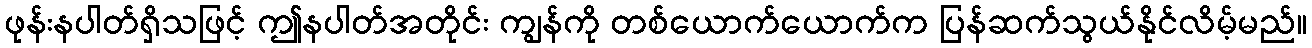
ဖုန်းနပါတ်ရှိသဖြင့် ဤနပါတ်အတိုင်း ကျွန်ကို တစ်ယောက်ယောက်က ပြန်ဆက်သွယ်နိုင်လိမ့်မည်။